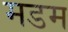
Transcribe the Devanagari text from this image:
मडम